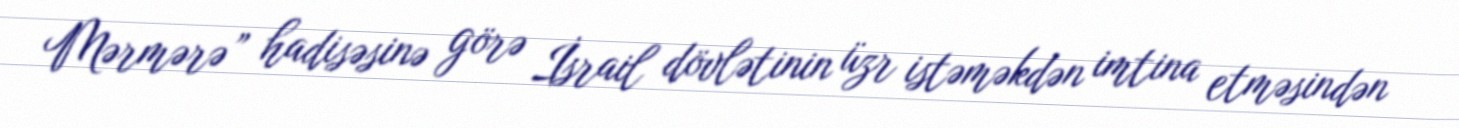
Mərmərə” hadisəsinə görə İsrail dövlətinin üzr istəməkdən imtina etməsindən